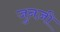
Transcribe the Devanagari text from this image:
जुनज़ी